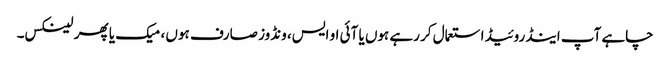
چاہے آپ اینڈروئیڈ استعمال کر رہے ہوں یا آئی او ایس، ونڈوز صارف ہوں ، میک یا پھر لینکس۔